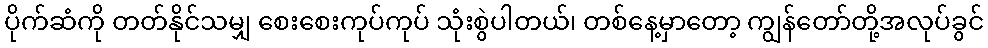
ပိုက်ဆံကို တတ်နိုင်သမျှ စေးစေးကုပ်ကုပ် သုံးစွဲပါတယ်၊ တစ်နေ့မှာတော့ ကျွန်တော်တို့အလုပ်ခွင်